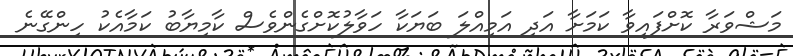
މަޝްވަރާ ކޮށްފައިވާ ކަމަށާ އަދި އަމިއްލަ ބަޔަކާ ހަވާލުކޮށްގެންވެސް ކާމިޔާބު ކަމާއެކު ހިންގޭނެ